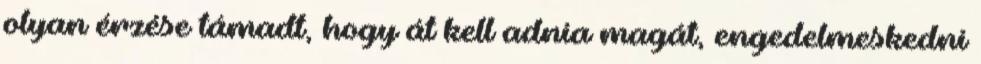
olyan érzése támadt, hogy át kell adnia magát, engedelmeskedni